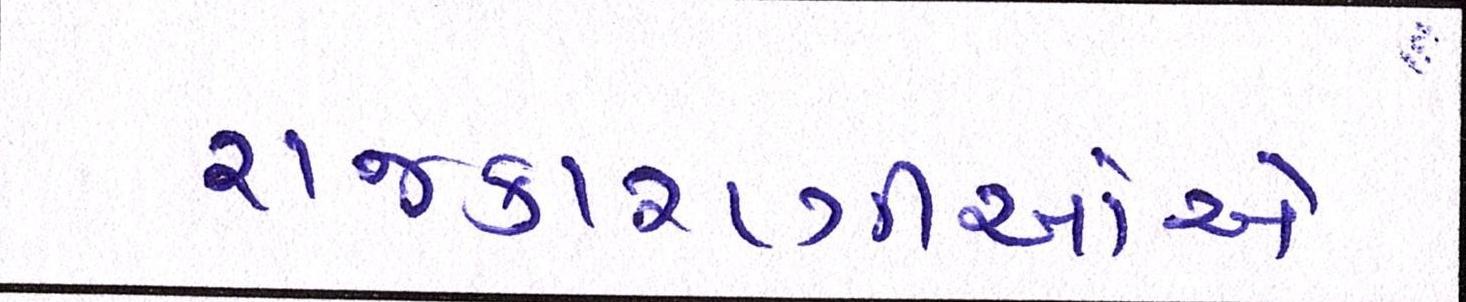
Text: રાજકારણીઓએ